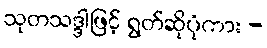
သုတသဒ္ဒါဖြင့် ရွတ်ဆိုပုံကား -